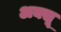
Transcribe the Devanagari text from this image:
अक्सू